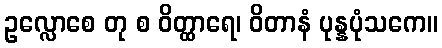
ဥလ္လောစေ တု စ ဝိတ္ထာရေ၊ ဝိတာနံ ပုန္နပုံသကေ။